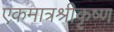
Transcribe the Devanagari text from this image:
एकमात्रश्रीकृष्ण